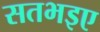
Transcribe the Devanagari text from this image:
सतभइए